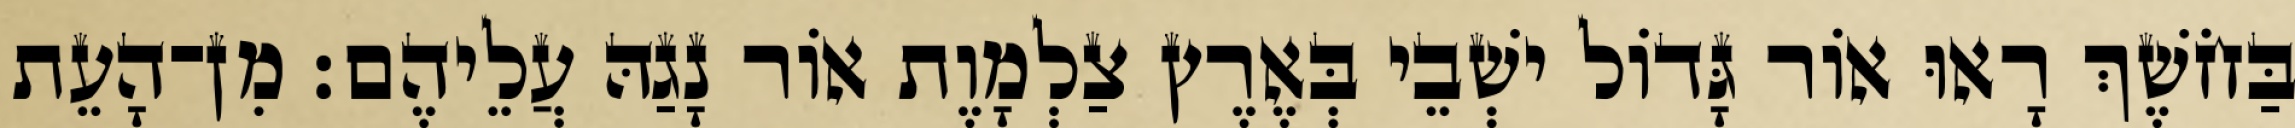
בַּחֹשֶׁךְ רָאוּ אוֹר גָּדוֹל ישְׁבֵי בְּאֶרֶץ צַלְמָוֶת אוֹר נָגַהּ עֲלֵיהֶם׃ מִן־הָעֵת